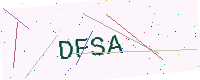
Text: DFSA